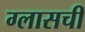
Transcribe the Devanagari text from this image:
ग्लासची